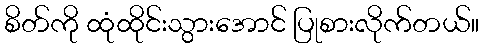
စိတ်ကို ထုံထိုင်းသွားအောင် ပြုစားလိုက်တယ်။